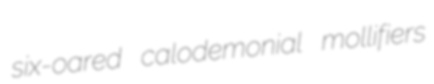
six-oared calodemonial mollifiers